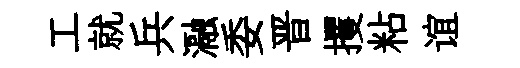
工就兵瀜委晋攫粘谊